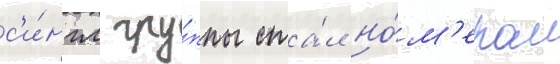
с'и́нгл гру́ппы ста́л но́м'ером